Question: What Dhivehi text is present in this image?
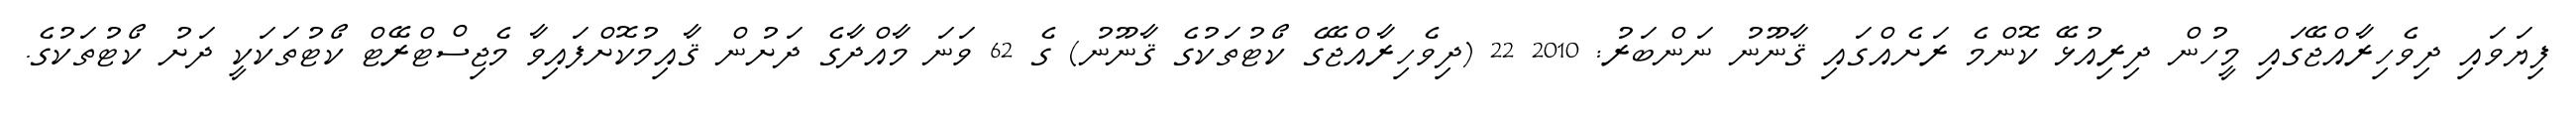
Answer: ފިޔަވައި ދިވެހިރާއްޖޭގައި މީހުން ދިރިއުޅޭ ކޮންމެ ރަށެއްގައި ޤާނޫނު ނަންބަރު: 2010 22 (ދިވެހިރާއްޖޭގެ ކޯޓުތަކުގެ ޤާނޫނު) ގެ 62 ވަނަ މާއްދާގެ ދަށުން ޤާއިމުކޮށްފައިވާ މެޖިސްޓްރޭޓް ކޯޓުތަކަކީ ދަށު ކޯޓުތަކުގެ.